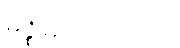
မဇ္ဈိမသဟဂတာ